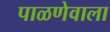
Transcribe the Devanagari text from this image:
पाळणेवाला